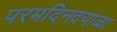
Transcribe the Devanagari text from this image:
परमदिनदयाळा